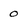
Character: 0